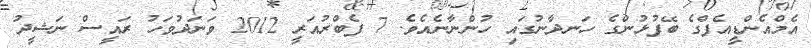
އެމްއެންޑީއެފްގެ ބޭފުޅުންގެ ހަނދާނުގައި ހުންނާނެއެވެ. 7 ފެބްރުއަރީ 2012 ވަނަދުވަހު ރައީސް ނަޝީދު